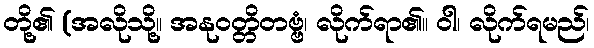
တို့၏ (အလိုသို့။ အနုဝတ္တိတဗ္ဗံ၊ လိုက်ရာ၏။ ဝါ၊ လိုက်ရမည်၊